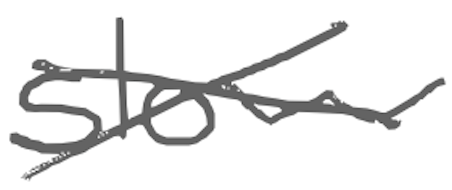
Text: slow
Cross-out: cross
Writing tool: digital_gray